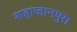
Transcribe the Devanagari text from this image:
शहाजानपुरा